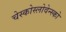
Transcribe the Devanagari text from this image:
चेस्कोस्लोवेन्स्को